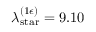
\lambda _ { \mathrm { s t a r } } ^ { ( 1 \epsilon ) } = 9 . 1 0